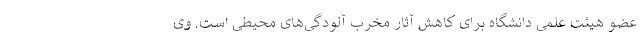
عضو هیئت علمی دانشگاه برای کاهش آثار مخرب آلودگی‌های محیطی است. وی